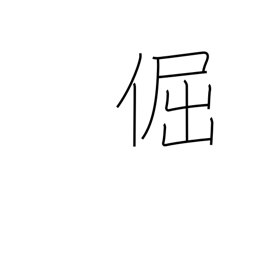
Meaning: stubborn